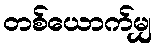
တစ်ယောက်မျှ